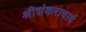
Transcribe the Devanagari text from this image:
श्रीशंकराचार्य